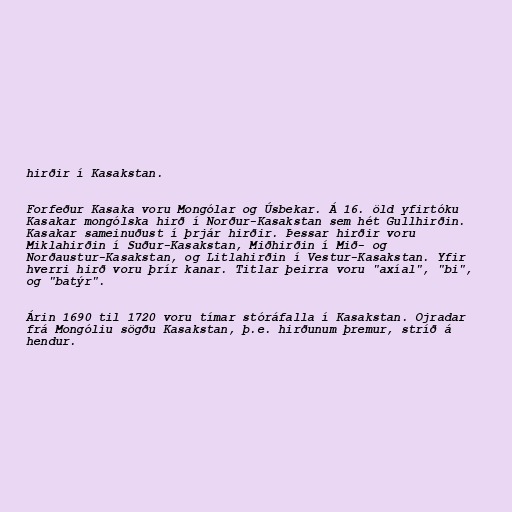
hirðir í Kasakstan.

Forfeður Kasaka voru Mongólar og Úsbekar. Á 16. öld yfirtóku
Kasakar mongólska hirð í Norður-Kasakstan sem hét Gullhirðin.
Kasakar sameinuðust í þrjár hirðir. Þessar hirðir voru
Miklahirðin í Suður-Kasakstan, Miðhirðin í Mið- og
Norðaustur-Kasakstan, og Litlahirðin í Vestur-Kasakstan. Yfir
hverri hirð voru þrír kanar. Titlar þeirra voru "axíal", "bi",
og "batýr".

Árin 1690 til 1720 voru tímar stóráfalla í Kasakstan. Ojradar
frá Mongóliu sögðu Kasakstan, þ.e. hirðunum þremur, stríð á
hendur.